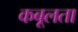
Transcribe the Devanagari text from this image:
कबूलता